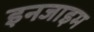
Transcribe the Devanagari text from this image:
इनजाइम